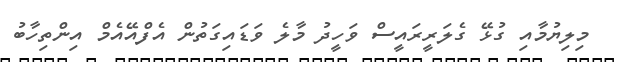
މިލިޔުމާއި ގުޅޭ ގެލަރީރައީސް ވަހީދު މާލެ ވަޑައިގަތުން އެފްއޭއެމް އިންތިހާބު